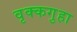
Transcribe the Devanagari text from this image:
वृक्कगुहा